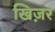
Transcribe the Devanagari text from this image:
खिज़र